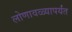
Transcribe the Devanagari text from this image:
लोणावळ्यापर्यंत